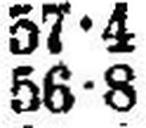
56•8